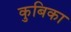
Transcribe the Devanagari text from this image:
कुबिका